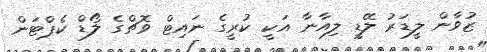
ޒުވާން ލީޑަރު ލޭޑީ ލިއާނާ އަކީ ކުރީގެ ނައިޓް ވޮޗްގެ ލޯޑް ކެޕްޓަން